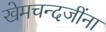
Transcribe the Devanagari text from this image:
खेमचन्दजींना